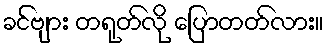
ခင်ဗျား တရုတ်လို ပြောတတ်လား။